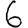
Digit: 6